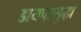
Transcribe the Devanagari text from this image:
डायपरसुद्धा